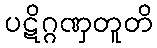
ပဋိဂ္ဂဏှတူတိ